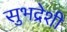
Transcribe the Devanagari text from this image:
सुभद्रेशी